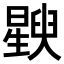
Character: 𬁚